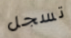
تسجل